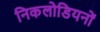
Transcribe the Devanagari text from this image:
निकलोडियनों